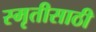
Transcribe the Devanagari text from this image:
स्मृतीसाठी